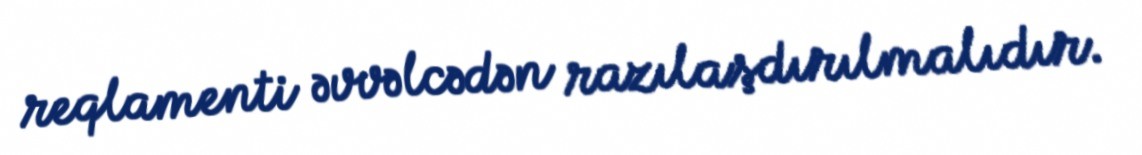
reqlamenti əvvəlcədən razılaşdırılmalıdır.